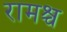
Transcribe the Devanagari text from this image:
रामश्च